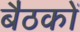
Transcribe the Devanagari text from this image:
बैठकाें